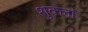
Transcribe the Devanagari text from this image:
शुक्लां